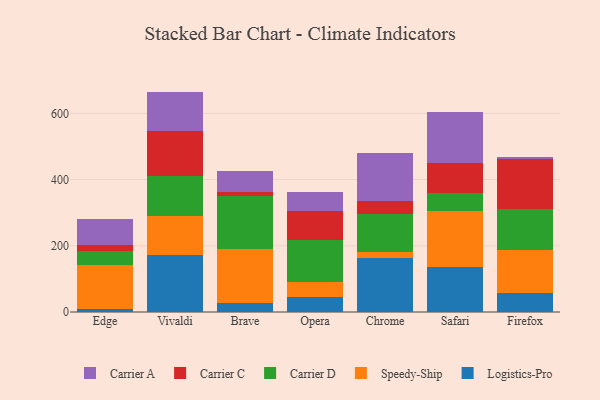
{"axis": {"x": "Browser", "y": "Headcount"}, "legend": ["Carrier A", "Carrier C", "Carrier D", "Logistics-Pro", "Speedy-Ship"], "data": [{"x": "Edge", "y": 7.9, "type": "Logistics-Pro"}, {"x": "Edge", "y": 135.6, "type": "Speedy-Ship"}, {"x": "Edge", "y": 40.1, "type": "Carrier D"}, {"x": "Edge", "y": 19.3, "type": "Carrier C"}, {"x": "Edge", "y": 77.5, "type": "Carrier A"}, {"x": "Vivaldi", "y": 172.3, "type": "Logistics-Pro"}, {"x": "Vivaldi", "y": 118.4, "type": "Speedy-Ship"}, {"x": "Vivaldi", "y": 120.6, "type": "Carrier D"}, {"x": "Vivaldi", "y": 135.9, "type": "Carrier C"}, {"x": "Vivaldi", "y": 118.6, "type": "Carrier A"}, {"x": "Brave", "y": 27.0, "type": "Logistics-Pro"}, {"x": "Brave", "y": 164.3, "type": "Speedy-Ship"}, {"x": "Brave", "y": 160.4, "type": "Carrier D"}, {"x": "Brave", "y": 12.1, "type": "Carrier C"}, {"x": "Brave", "y": 61.0, "type": "Carrier A"}, {"x": "Opera", "y": 45.7, "type": "Logistics-Pro"}, {"x": "Opera", "y": 44.6, "type": "Speedy-Ship"}, {"x": "Opera", "y": 126.3, "type": "Carrier D"}, {"x": "Opera", "y": 88.1, "type": "Carrier C"}, {"x": "Opera", "y": 56.7, "type": "Carrier A"}, {"x": "Chrome", "y": 163.1, "type": "Logistics-Pro"}, {"x": "Chrome", "y": 18.0, "type": "Speedy-Ship"}, {"x": "Chrome", "y": 116.4, "type": "Carrier D"}, {"x": "Chrome", "y": 37.2, "type": "Carrier C"}, {"x": "Chrome", "y": 145.5, "type": "Carrier A"}, {"x": "Safari", "y": 135.3, "type": "Logistics-Pro"}, {"x": "Safari", "y": 170.2, "type": "Speedy-Ship"}, {"x": "Safari", "y": 55.3, "type": "Carrier D"}, {"x": "Safari", "y": 89.2, "type": "Carrier C"}, {"x": "Safari", "y": 153.6, "type": "Carrier A"}, {"x": "Firefox", "y": 58.3, "type": "Logistics-Pro"}, {"x": "Firefox", "y": 130.2, "type": "Speedy-Ship"}, {"x": "Firefox", "y": 123.9, "type": "Carrier D"}, {"x": "Firefox", "y": 151.3, "type": "Carrier C"}, {"x": "Firefox", "y": 6.0, "type": "Carrier A"}]}